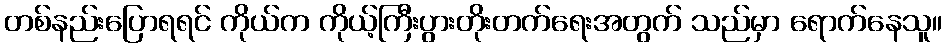
တစ်နည်းပြောရရင် ကိုယ်က ကိုယ့်ကြီးပွားတိုးတက်ရေးအတွက် သည်မှာ ရောက်နေသူ။